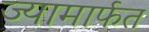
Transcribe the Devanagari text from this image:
ज्यामार्फत